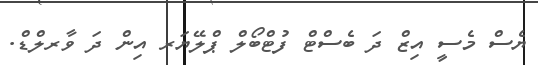
ޔެސް މެސީ އިޒް ދަ ބެސްޓް ފުޓްބޯލް ޕްލޭޔަރ އިން ދަ ވާރލްޑް.